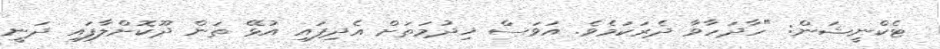
ޓެކްނީޝަން: "ހާދަހާވާ ދެރަކަމެވެ. އަވަސް ޚިދުމަތަށް އެދިފައި އުޅޭ ތަން ދޫކޮށްލާފައި ދަނީ